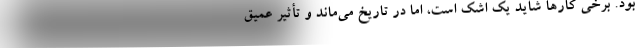
بود. برخی کارها شاید یک اشک است، امّا در تاریخ می‌ماند و تأثیر عمیق